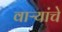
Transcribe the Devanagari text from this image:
वाऱ्यांचे